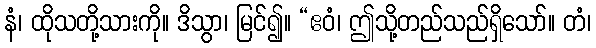
နံ၊ ထိုသတို့သားကို။ ဒိသွာ၊ မြင်၍။ “ဧဝံ၊ ဤသို့တည်သည်ရှိသော်။ တံ၊